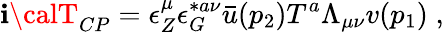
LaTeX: {\mathbf{i}\calT}_{CP}=\epsilon_{Z}^{\mu}\epsilon_{G}^{*a\nu}{\bar{{u}}}(p_{2})T^{a}\Lambda_{\mu\nu}v(p_{1})\; ,